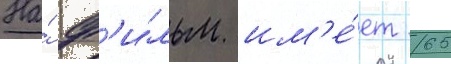
На́ ф'и́льм им'е́ет 65